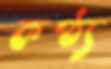
কণ্ঠ্য